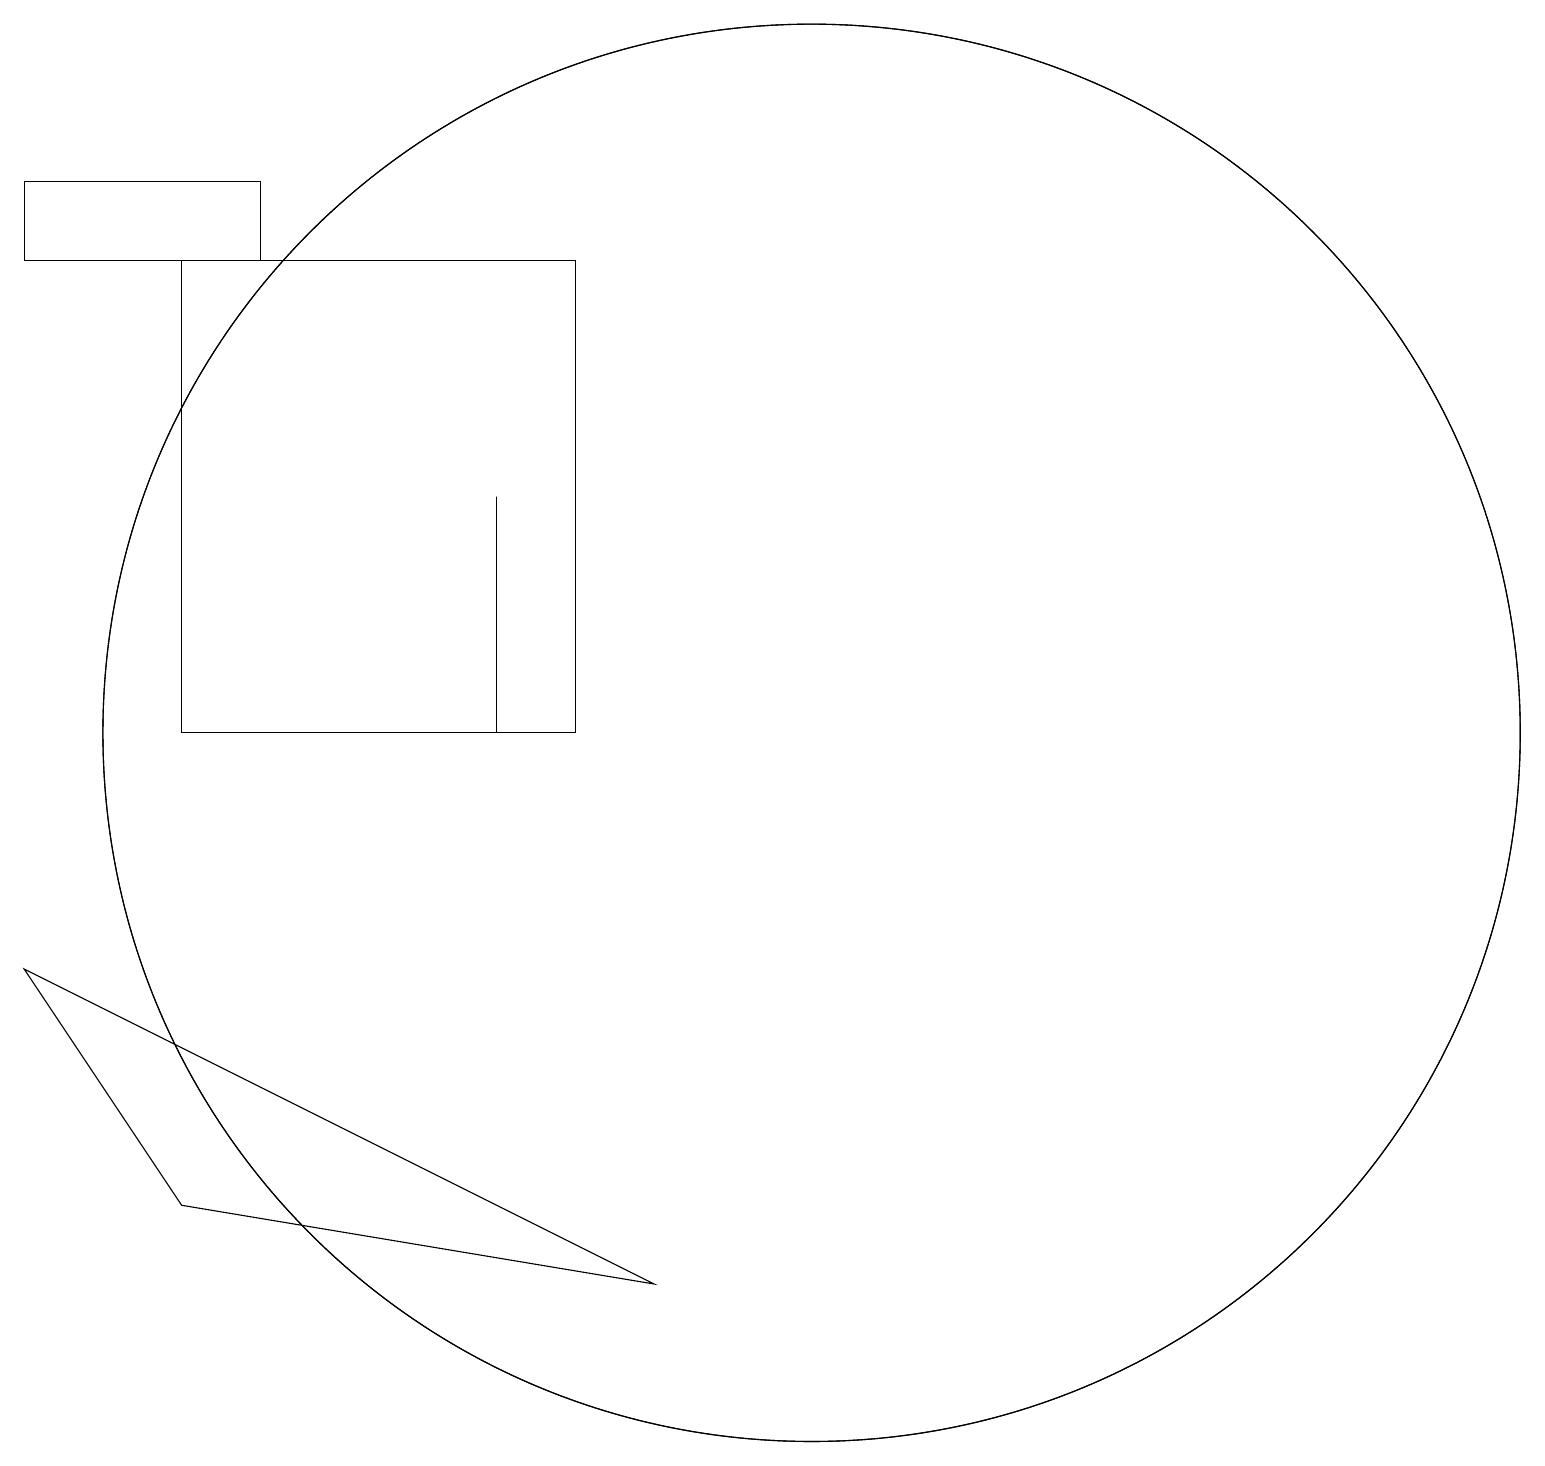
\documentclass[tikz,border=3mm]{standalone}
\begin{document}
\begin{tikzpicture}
\draw (0,17) rectangle (3,18);
\draw (10,11) circle (9);
\draw (10,11) circle (9);
\draw (7,17) rectangle (2,11);
\draw (6,11) rectangle (6,14);
\draw (0,8) -- (8,4) -- (2,5) -- cycle;
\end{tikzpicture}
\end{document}